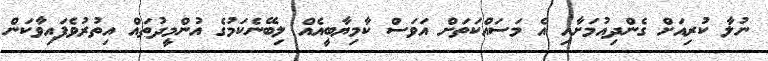
ނުލާ ކުރިއަށް ގެންދިއުމަށާއި އެ މަސައްކަތަށް އަވަސް ކާމިޔާބީއެއް ލިބޭނެކަމުގެ އުންމީދުތައް އިތުރުވެފައިވާކަން